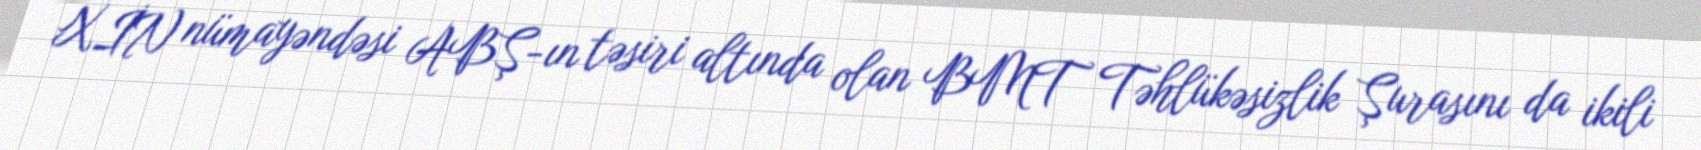
XİN nümayəndəsi ABŞ-ın təsiri altında olan BMT Təhlükəsizlik Şurasını da ikili